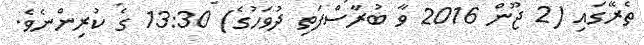
ތެރޭގައި (2 ޖޫން 2016 ވާ ބުރާސްފަތި ދުވަހުގެ) 13:30 ގެ ކުރިންނެވެ.